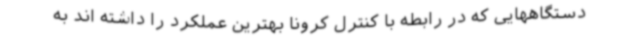
دستگاههایی که در رابطه با کنترل کرونا بهترین عملکرد را داشته اند به